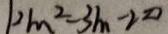
1 2 m ^ { 2 } - 3 m - 2 0